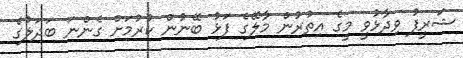
ޝަރީފު ވިދާޅުވީ މީގެ އިތުރުން މާލޭގެ ފަޅު ބޭނުން ކުރުމަށް ގެންނަ ބަދަލުގެ